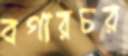
বগারচর